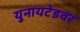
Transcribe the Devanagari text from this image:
युनायटेडवर